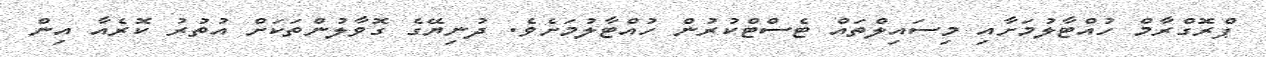
ޕްރޮގްރާމް ހުއްޓާލުމަށާއި މިސައިލްތައް ޓެސްޓްކުރުން ހުއްޓާލުމަށެވެ. ދުނިޔޭގެ ގޮވާލުންތަކަށް އުތުރު ކޮރެއާ އިން